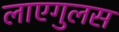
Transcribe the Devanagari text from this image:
लाएगुलस